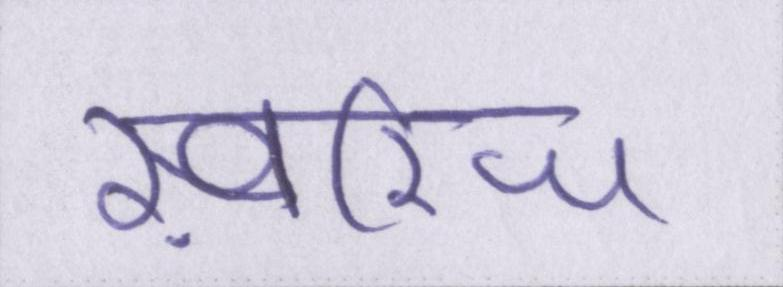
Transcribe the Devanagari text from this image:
ख़ारिज